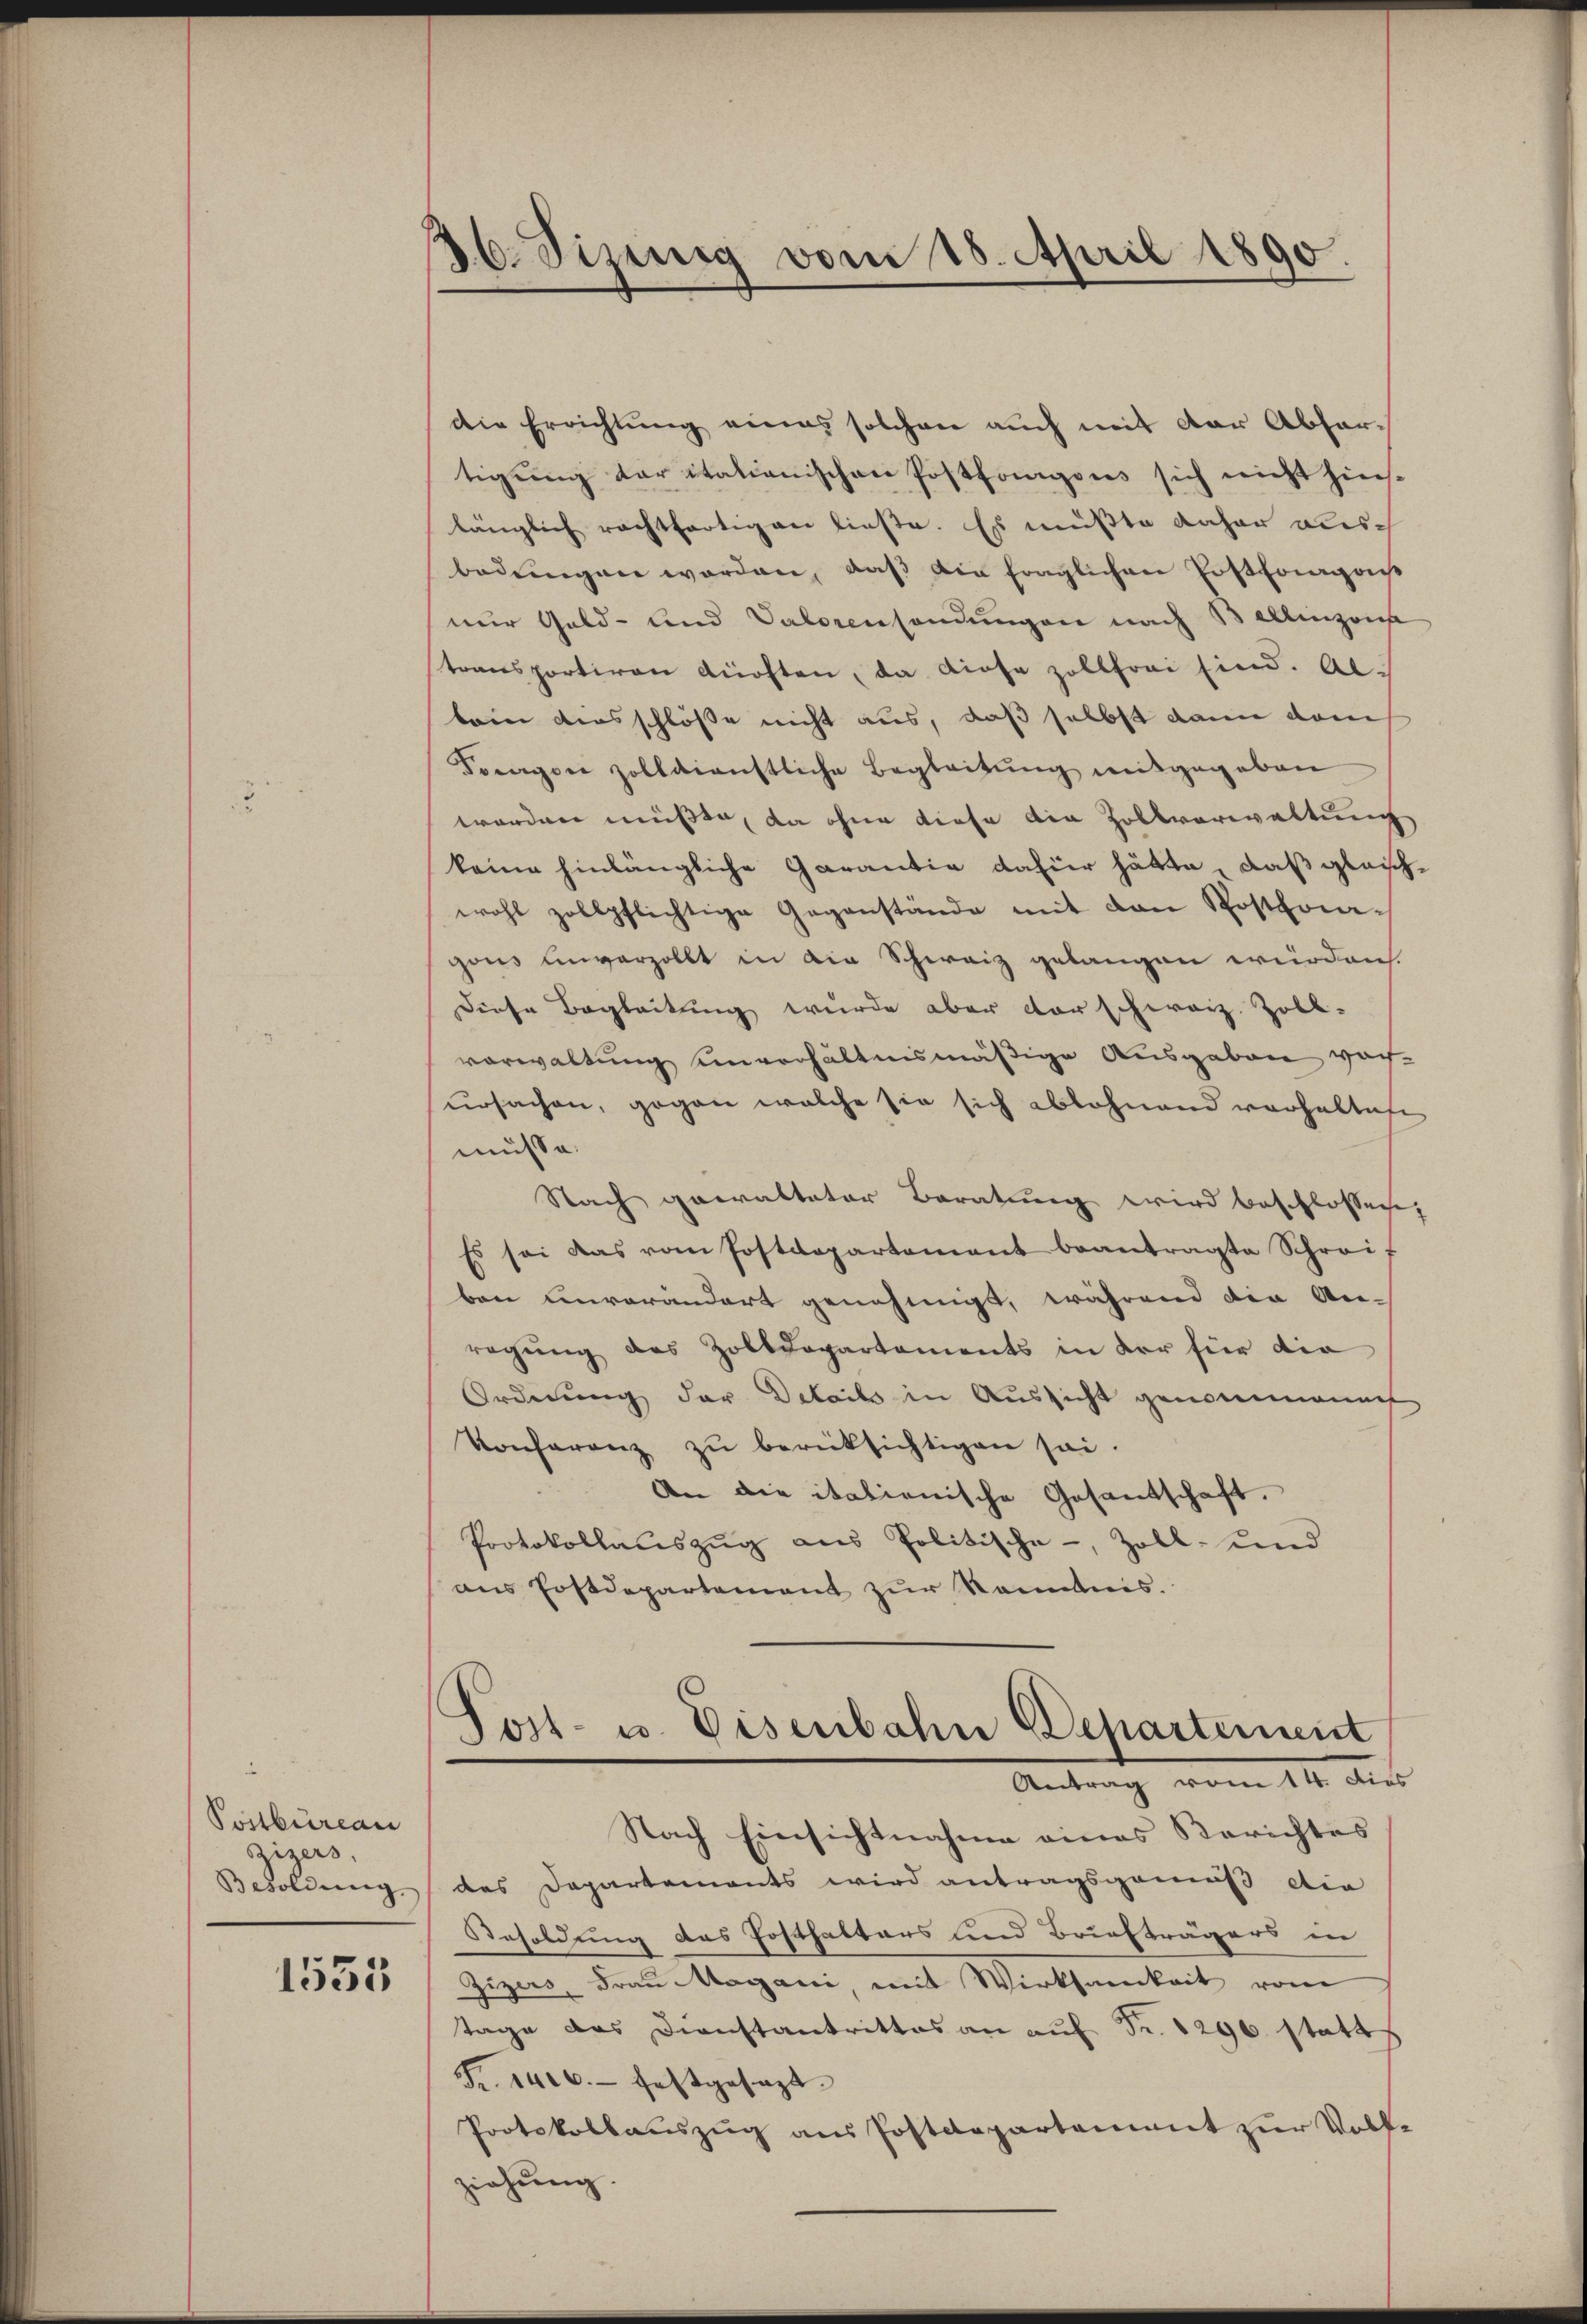
Postbureau
Zizers.
Besoldung
1535

36. Sizinig vom 18. April 1890.

die Errichtung eines solchen auch mit der Abfartigung der itationischen Postfonigons sich nicht hins-
länglich rechtfertigen lieste. Es mußte daher aberbedungen worden, daß die fraglichen Erstfrages
nur Gold- und Valorensendungen nach Bellinzon
transportiren dürften, da diese zollfrei sind. Alkein Ausschlosse nicht aus, daß selbst dann danch
Foragon zolldienstliche Begleitung mitgegeben
worden müßte, da ohne diese die Zollverwaltung
keine hinlängliche Garantia dafür hätte, daß gleichwohl zollpflichtige Gegenstände mit den Posthoagons unverzollt in die Schweiz gelangen werden.
Diese Begleitung wurde aber darschweiz. Zoll-
vorwaltung einverhältnismäßige Ausgaben vor-
ursachen, gegen welche sie sich ablehnend verhalten
müsse.
Nach gewalteter Beratung wird beschlossen,
Es sei das vom Postdepartement beantragte Schreif
bene unverändert genehmigt, während die An-
regung des Zolldepartements in der für die
Ordnung der Details in Aussicht genommenen
Konferenz zŭ berücksichtigen sei.
An die italienische Gesantschaft.
Protokollaŭszŭg aŭs Politische-, Zoll- und
ans Postdepartement zur Kenntnis.

Post- u. Eisenbahn Behartement
Antrag vom 11. Aus

Nach Einsichtnahme eines Berichtes
des Departements wird antragsgenuß die
Besoldung des Posthalters und Briefträgers in
Zizers Frau Magani, mit Wirksamkeit vom
tage das Dienstantrittes an auf Fr. 1290 statt
Fr. 1400. festgesezt.
Protokollauszug aus Postdepartement zur Volke
ziehung.